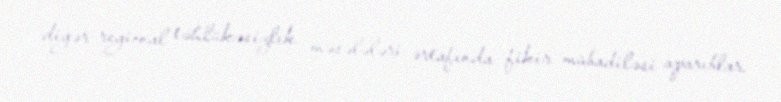
digər regional təhlükəsizlik məsələləri ərtafında fikir mübadiləsi aparıblar.